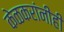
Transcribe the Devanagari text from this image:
केळकरांनीही